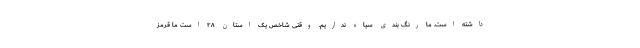
داشته است. ما رنگ بندی سیاه نداریم. وقتی شاخص یک استان ۲۸ است ما قرمز